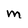
Character: M